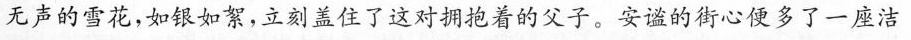
无声的雪花，如银如絮，立刻盖住了这对拥抱着的父子。安谧的街心便多了一座洁